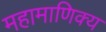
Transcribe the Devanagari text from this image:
महामाणिक्य